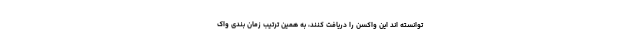
توانسته اند این واکسن را دریافت کنند، به همین ترتیب زمان بندی واک